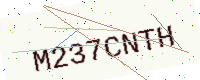
Text: M237CNTH